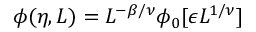
\phi ( \eta , L ) = L ^ { - \beta / \nu } \phi _ { 0 } [ \epsilon L ^ { 1 / \nu } ]